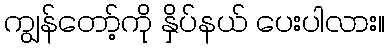
ကျွန်တော့်ကို နှိပ်နယ် ပေးပါလား။